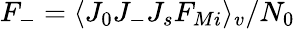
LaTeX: F_{-}=\langle J_{0}J_{-}J_{s}F_{Mi}\rangle_{v}/N_{0}